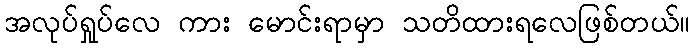
အလုပ်ရှုပ်လေ ကား မောင်းရာမှာ သတိထားရလေဖြစ်တယ်။